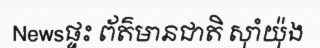
Newsផ្ទះ ព័ត៌មានជាតិ ស៊ាំយ៉ុង